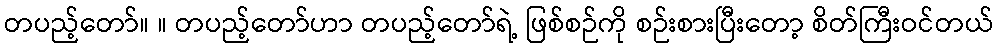
တပည့်တော်။ ။ တပည့်တော်ဟာ တပည့်တော်ရဲ့ ဖြစ်စဉ်ကို စဉ်းစားပြီးတော့ စိတ်ကြီးဝင်တယ်